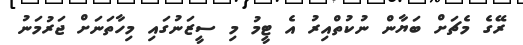
ރޭގެ މެޗަށް ބަޔާން ނުކުތްއިރު އެ ޓީމު މި ސީޒަނުގައި މިހާތަނަށް ޖަރުމަނު